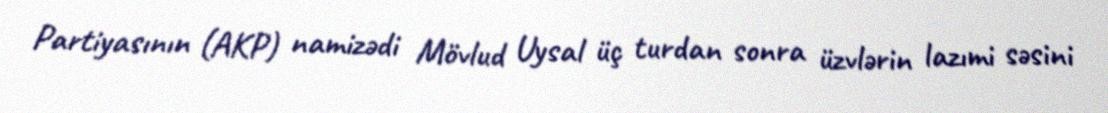
Partiyasının (AKP) namizədi Mövlud Uysal üç turdan sonra üzvlərin lazımi səsini